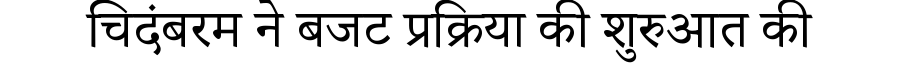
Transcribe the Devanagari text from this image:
चिदंबरम ने बजट प्रक्रिया की शुरुआत की